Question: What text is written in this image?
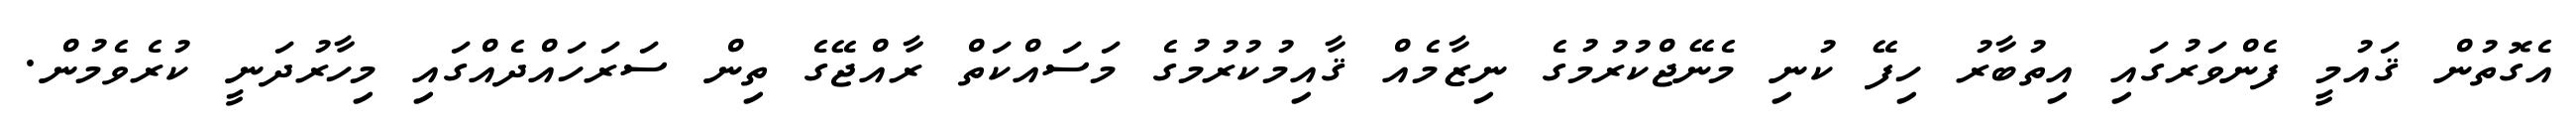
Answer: އެގޮތުން ޤައުމީ ފެންވަރުގައި އިތުބާރު ހިފޭ ކުނި މެނޭޖްކުރުމުގެ ނިޒާމެއް ޤާއިމުކުރުމުގެ މަސައްކަތް ރާއްޖޭގެ ތިން ސަރަހައްދެއްގައި މިހާރުދަނީ ކުރެވެމުން.